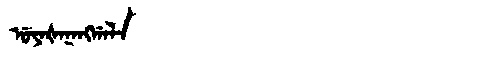
Manchu: ᡠᠶᠠᡧᠠᠨᠠᠩᡤᠠᠯᠠ
Romanization: UYAŠANANGGALA